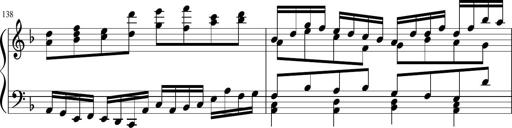
Title: Sonatina in F major
Composer: Ethan Ngo
Key: F major